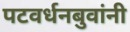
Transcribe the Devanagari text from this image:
पटवर्धनबुवांनी